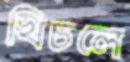
খিচলে